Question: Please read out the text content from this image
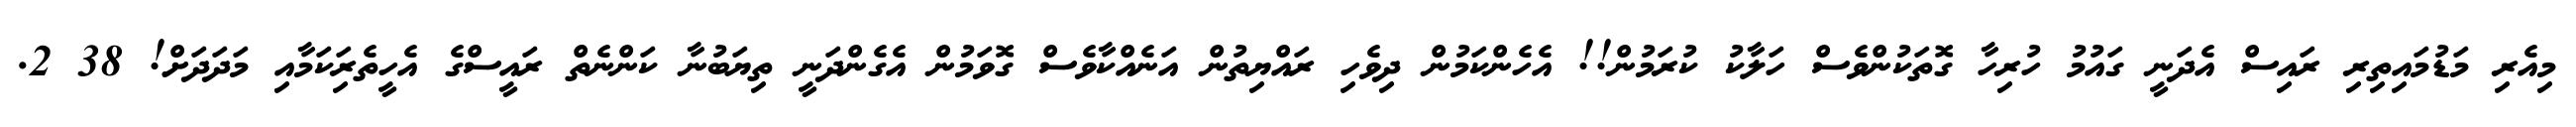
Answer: މިއެރި މަޑުމައިތިރި ރައިސް އެދަނީ ގައުމު ހުރިހާ ގޮތަކުންވެސް ހަލާކު ކުރަމުން!! އެހެންކަމުން ދިވެހި ރައްޔިތުން އަނެއްކާވެސް ގޮވަމުން އެގެންދަނީ ތިޔަބުނާ ކަންނެތް ރައީސްގެ އެހީތެރިަކަމާއި މަދަދަށް! 38 2.